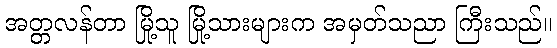
အတ္တလန်တာ မြို့သူ မြို့သားများက အမှတ်သညာ ကြီးသည်။